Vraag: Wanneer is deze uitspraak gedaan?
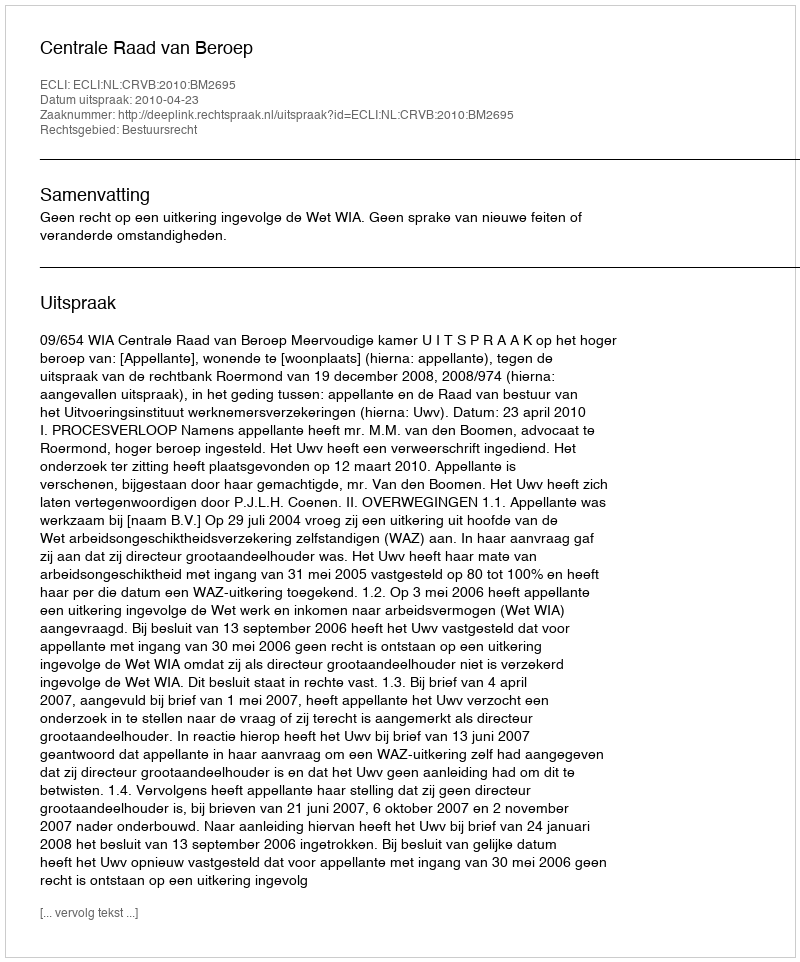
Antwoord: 2010-04-23